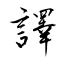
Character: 譯